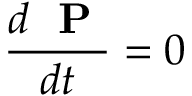
\frac { d \mathrm { ~ \bf ~ P ~ } } { d t } = 0